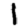
Digit: 1